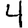
Digit: 4